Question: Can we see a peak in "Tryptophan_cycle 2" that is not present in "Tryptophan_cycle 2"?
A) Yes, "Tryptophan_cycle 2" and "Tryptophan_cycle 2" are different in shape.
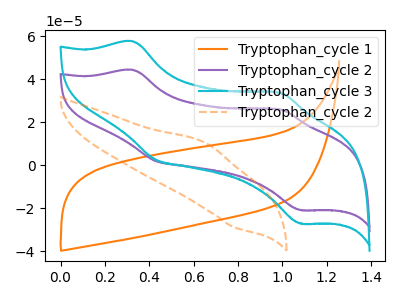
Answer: <think>The orange curve "Tryptophan_cycle 1" has no peaks. The purple curve "Tryptophan_cycle 2" has anodic peaks at (0.35V, 44.40uA) (1.00V, 25.95uA) and cathodic peaks at (0.45V, 1.95uA) (1.10V, -20.95uA). The cyan curve "Tryptophan_cycle 3" has anodic peaks at (0.35V, 57.70uA) (1.00V, 33.75uA) and cathodic peaks at (0.45V, 2.55uA) (1.10V, -27.20uA). The orange dashed curve "Tryptophan_cycle 2" has an anodic peak at (0.65V, 10.40uA) and a cathodic peak at (0.80V, -29.00uA).
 "Tryptophan_cycle 2" and "Tryptophan_cycle 2" have a different number of peaks.</think>
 <answer>A) Yes, "Tryptophan_cycle 2" and "Tryptophan_cycle 2" are different in shape.</answer>
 <eval>A</eval>